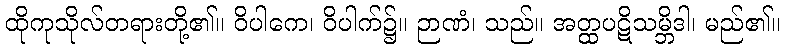
ထိုကုသိုလ်တရားတို့၏။ ဝိပါကေ၊ ဝိပါက်၌။ ဉာဏံ၊ သည်။ အတ္ထပဋိသမ္ဘိဒါ၊ မည်၏။